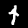
Digit: 4